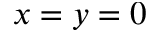
x = y = 0